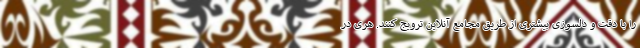
را با دقت و دلسوزی بیشتری از طریق مجامع آنلاین ترویج کنند. هری در